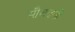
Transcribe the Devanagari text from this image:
मौजदगी